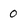
Character: 0